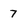
Character: 7